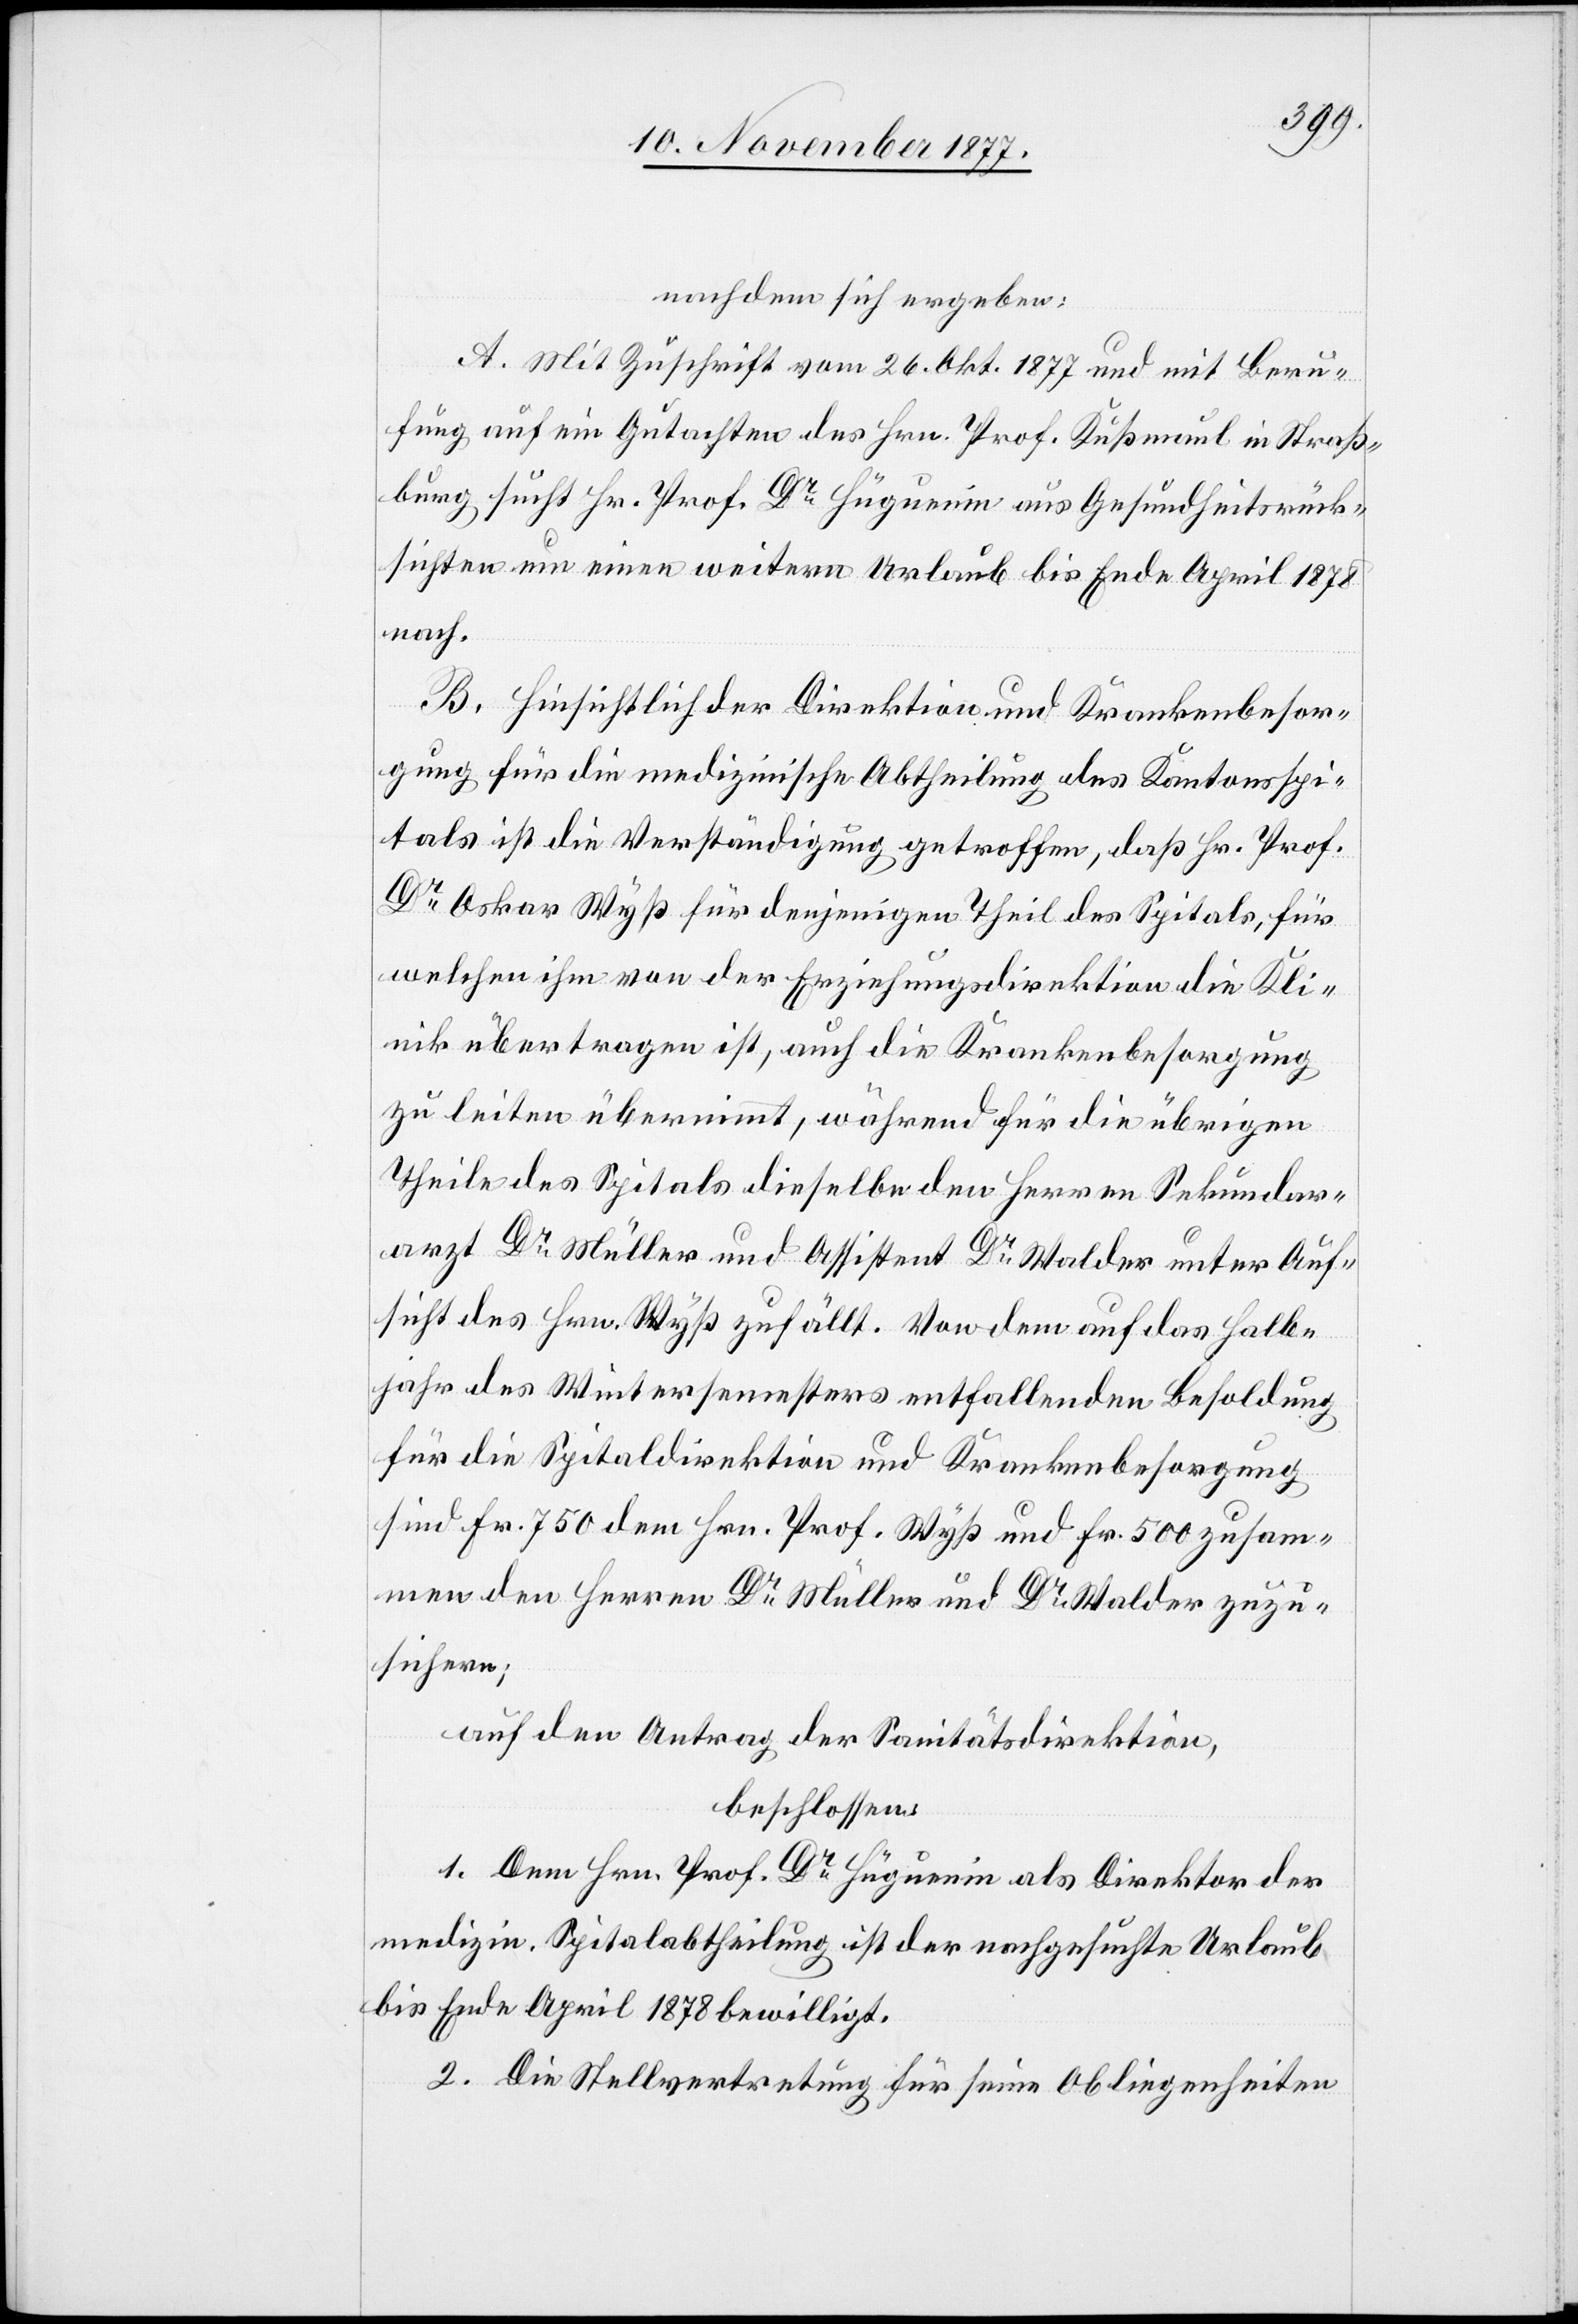
nachdem sich ergeben:
A. Mit Zuschrift vom 26. Okt. 1877 und mit Beru¬
fung auf ein Gutachten des Hrn. Prof. Kußmaul in Straß¬
burg sucht Hr. Prof. Dr Hüguenin aus Gesundheitsrück¬
sichten um einen weitern Urlaub bis Ende April 1878
nach.
B. Hinsichtlich der Direktion und Krankenbesor¬
gung für die medizinische Abtheilung des Kantonsspi¬
tals ist die Verständigung getroffen, daß Hr. Prof.
Dr Oskar Wyß für denjenigen Theil des Spitals, für
welchen ihm von der Erziehungsdirektion die Kli¬
nik übertragen ist, auch die Krankenbesorgung
zu leiten übernimmt, während für die übrigen
Theile des Spitals dieselbe den Herren Sekundar¬
arzt Dr Müller und Assistent Dr Walder unter Auf¬
sicht des Hrn. Wyß zufällt. Von dem auf das Halb¬
jahr des Wintersemesters entfallenden Besoldung
für die Spitaldirektion und Krankenbesorgung
sind Fr. 750 dem Hrn. Prof. Wyß und Fr. 500 zusam¬
men den Herren Dr Müller und Dr Walder zuzu¬
sichern;
auf den Antrag der Sanitätsdirektion,
beschlossen:
1. Dem Hrn. Prof. Dr Hüguenin als Direktor der
medizin. Spitalabtheilung ist der nachgesuchte Urlaub
bis Ende April 1878 bewilligt.
2. Die Stellvertretung für seine Obliegenheiten